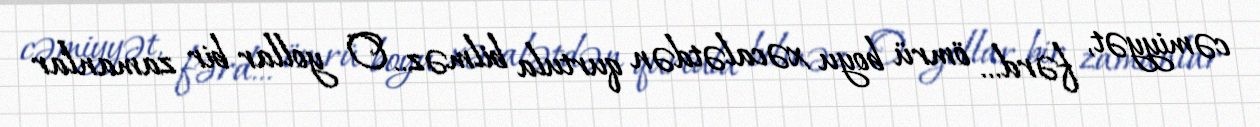
cəmiyyət, fərd... ömrü boyu xəcalətdən qurtula bilməz.. O yollar bir zamanlar